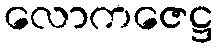
လောကဇေဋ္ဌ